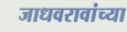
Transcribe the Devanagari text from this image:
जाधवरावांच्या